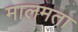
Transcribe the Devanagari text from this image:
मालमता